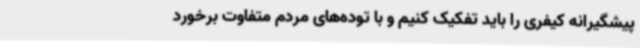
پیشگیرانه کیفری را باید تفکیک کنیم و با توده‌های مردم متفاوت برخورد